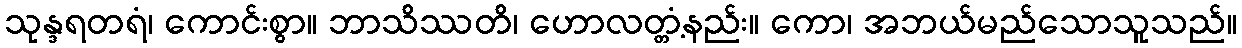
သုန္ဒရတရံ၊ ကောင်းစွာ။ ဘာသိဿတိ၊ ဟောလတ္တံ့နည်း။ ကော၊ အဘယ်မည်သောသူသည်။